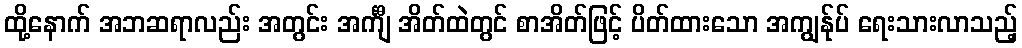
ထို့နောက် အဘဆရာလည်း အတွင်း အင်္ကျီ အိတ်ထဲတွင် စာအိတ်ဖြင့် ပိတ်ထားသော အကျွန်ုပ် ရေးသားလာသည့်